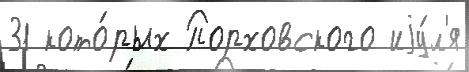
31 кото́рых Порховского иjу́л'я